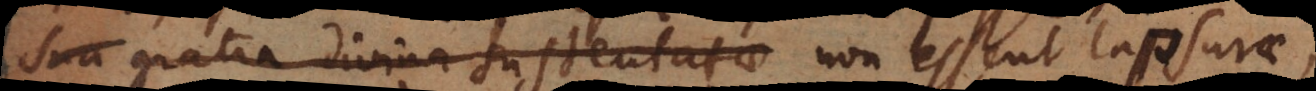
sua gratia divina sustentatae non essent lapsurae,